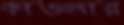
কাওলার